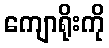
ကျောရိုးကို